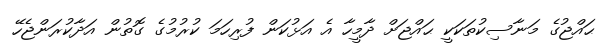
ޙައްޖުގެ މަނާސިކުތަކަކީ ޙައްޖަށް ދާމީހާ އެ އަޅުކަން ފުރިހަމަ ކުރުމުގެ ގޮތުން އަދާކުރަންޖެހޭ